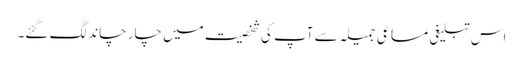
اس تبلیغی مساعی جمیلہ سے آپ کی شخصیت میں چار چاند لگ گئے۔